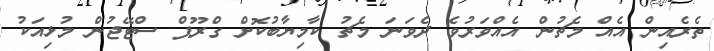
ތެރެއިން އެއް މެޗުން އެއްވަރުވެ ދެވަނަ މެޗު ކާމިޔާބުކޮށް ގްރޫޕް ސްޓޭޖުން މުޅިއަކު